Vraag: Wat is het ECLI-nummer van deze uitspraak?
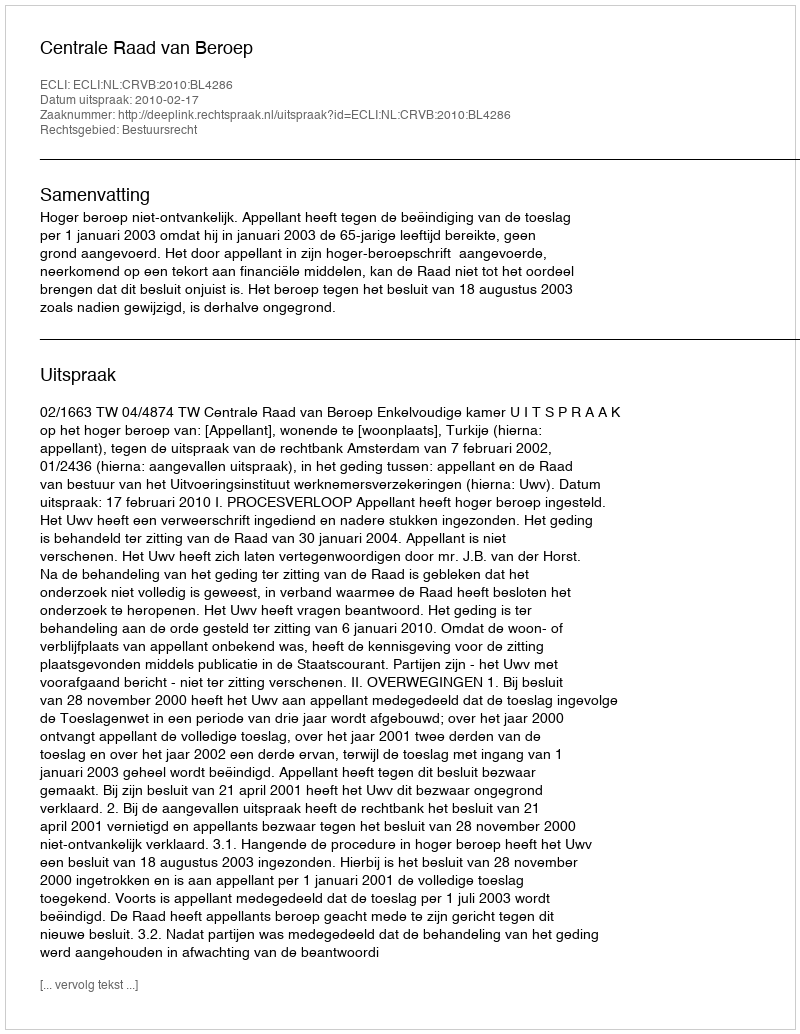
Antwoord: ECLI:NL:CRVB:2010:BL4286